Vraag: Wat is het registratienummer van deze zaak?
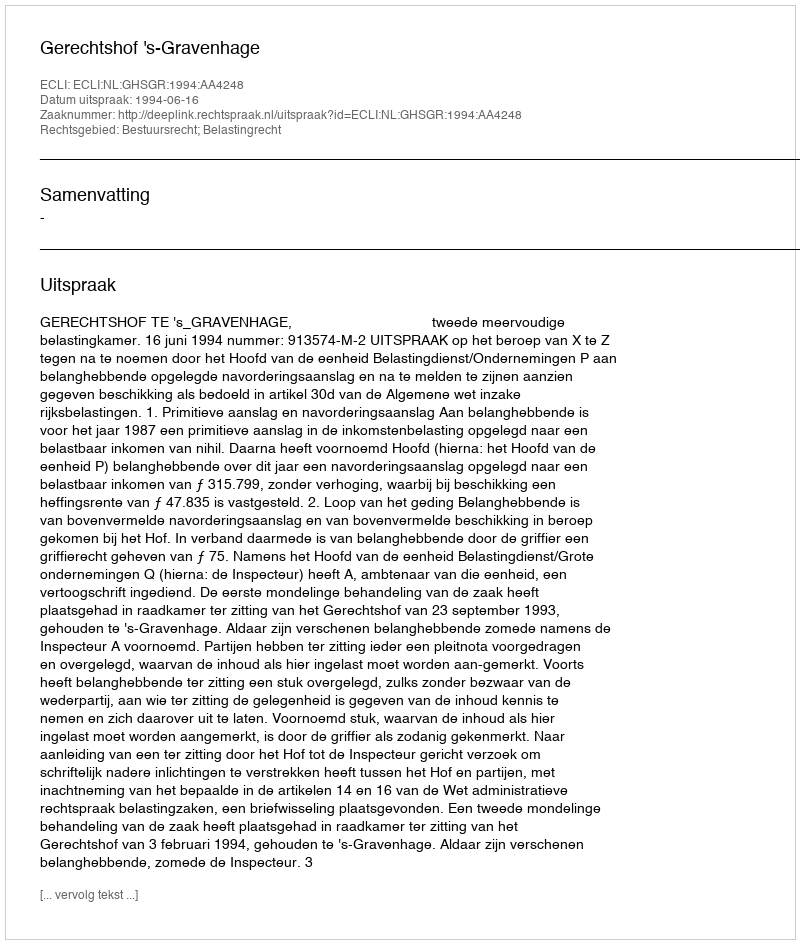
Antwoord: http://deeplink.rechtspraak.nl/uitspraak?id=ECLI:NL:GHSGR:1994:AA4248